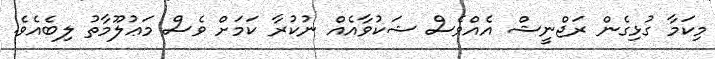
މިކަމާ ގުޅިގެން ރަޖްނީޝް އެއްވެސް ޝަކުވާއެއް ނުކުރާ ކަމަށް ވެސް މަޢުލޫމާތު ލިބެއެވެ.